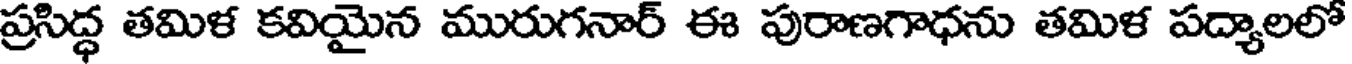
ప్రసిద్ధ తమిళ కవియైన మురుగనార్ ఈ పురాణగాధను తమిళ పద్యాలలో